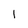
Character: 1